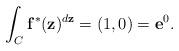
LaTeX: \begin{align*} \int _C\mathbf{f}^*(\mathbf{z})^{d\mathbf{z}}=(1,0)=\mathbf{e}^0. \end{align*}